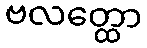
ဗလတ္ထော